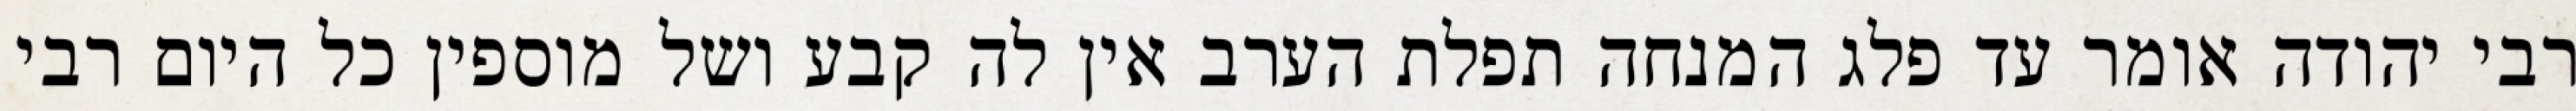
רבי יהודה אומר עד פלג המנחה תפלת הערב אין לה קבע ושל מוספין כל היום רבי